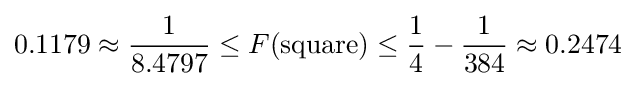
0.1179\approx {\frac {1}{8.4797}}\leq F({\textrm {square}})\leq {\frac {1}{4}}-{\frac {1}{384}}\approx 0.2474